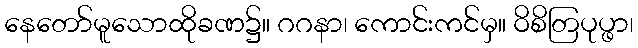
နေတော်မူသောထိုခဏ၌။ ဂဂနာ၊ ကောင်းကင်မှ။ ဝိစိတြပုပ္ဖာ၊